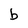
Character: b